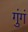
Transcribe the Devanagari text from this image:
गुंगं